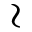
\wr